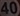
40